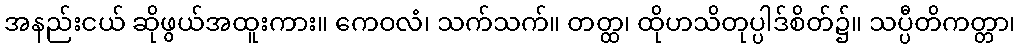
အနည်းငယ် ဆိုဖွယ်အထူးကား။ ကေဝလံ၊ သက်သက်။ တတ္ထ၊ ထိုဟသိတုပ္ပါဒ်စိတ်၌။ သပ္ပီတိကတ္တာ၊